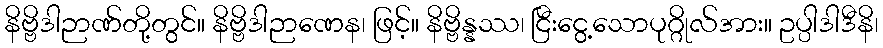
နိဗ္ဗိဒါဉာဏ်တို့တွင်။ နိဗ္ဗိဒါဉာဏေန၊ ဖြင့်။ နိဗ္ဗိန္နဿ၊ ငြီးငွေ့သောပုဂ္ဂိုလ်အား။ ဥပ္ပါဒါဒီနိ၊